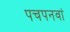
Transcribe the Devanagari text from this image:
पचपनवां